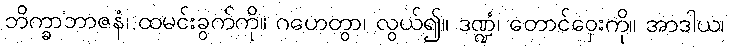
ဘိက္ခာဘာဇနံ၊ ထမင်းခွက်ကို။ ဂဟေတွာ၊ လွယ်၍။ ဒဏ္ဍံ၊ တောင်ဝှေးကို။ အာဒါယ၊